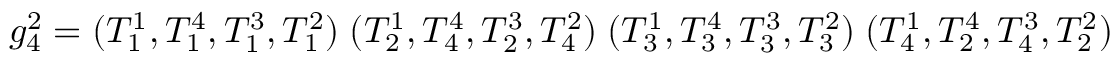
g _ { 4 } ^ { 2 } = ( T _ { 1 } ^ { 1 } , T _ { 1 } ^ { 4 } , T _ { 1 } ^ { 3 } , T _ { 1 } ^ { 2 } ) \; ( T _ { 2 } ^ { 1 } , T _ { 4 } ^ { 4 } , T _ { 2 } ^ { 3 } , T _ { 4 } ^ { 2 } ) \; ( T _ { 3 } ^ { 1 } , T _ { 3 } ^ { 4 } , T _ { 3 } ^ { 3 } , T _ { 3 } ^ { 2 } ) \; ( T _ { 4 } ^ { 1 } , T _ { 2 } ^ { 4 } , T _ { 4 } ^ { 3 } , T _ { 2 } ^ { 2 } )